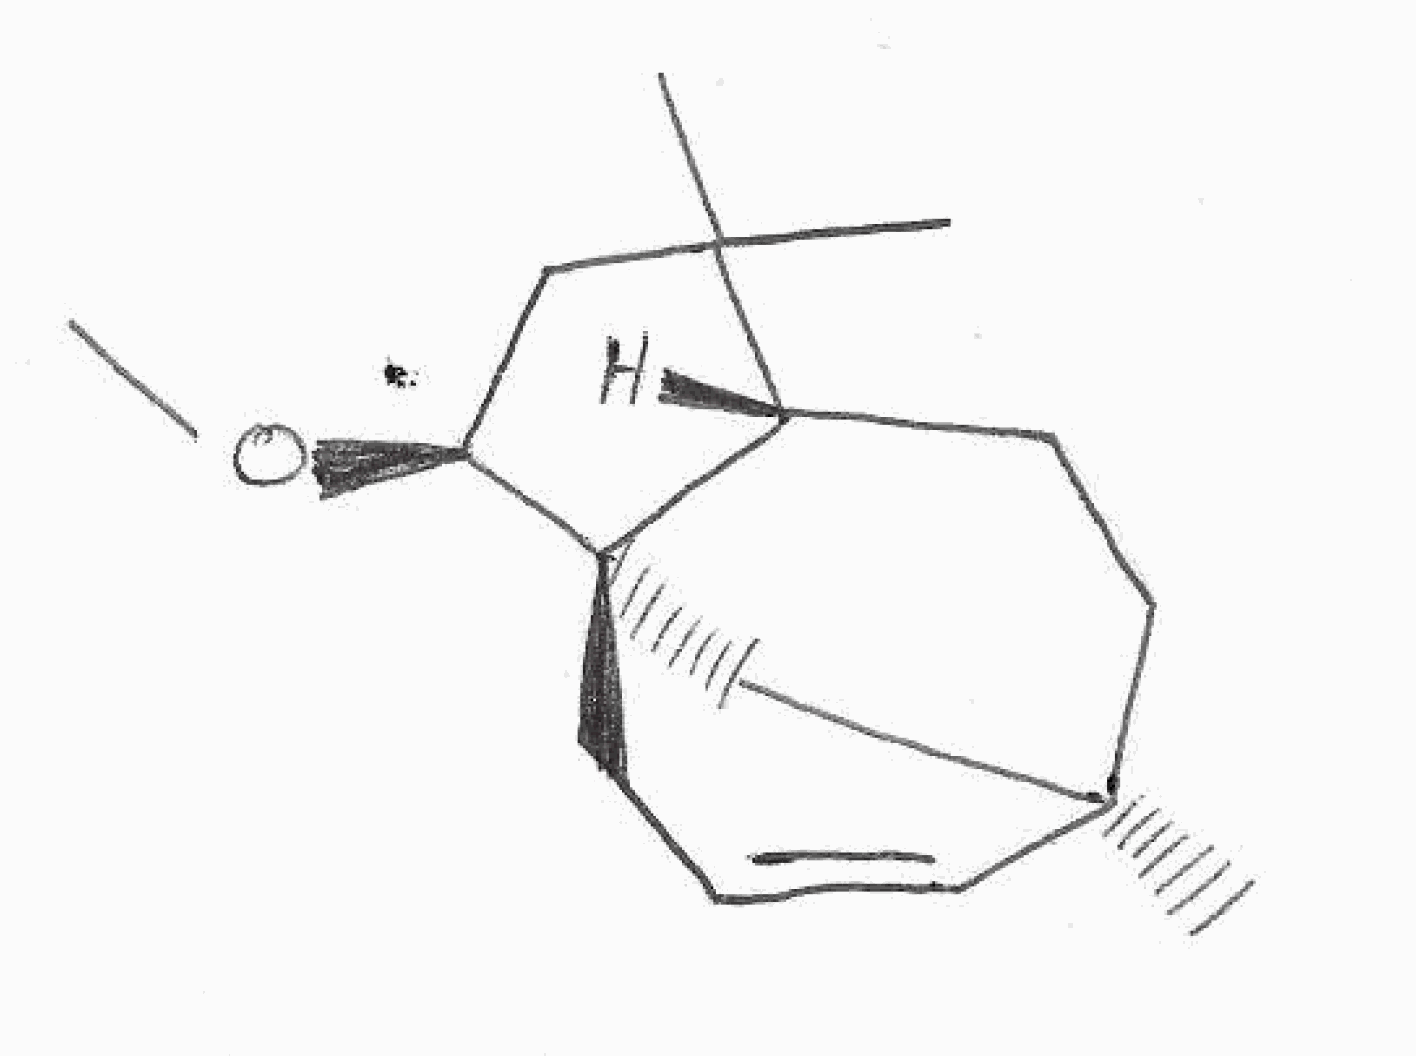
Simplified molecular-input line-entry system (SMILES) notation of the given molecule:
C[C@@]12CC[C@@H]3[C@@](C1)(CC=C2)[C@H](CC3(C)C)OC